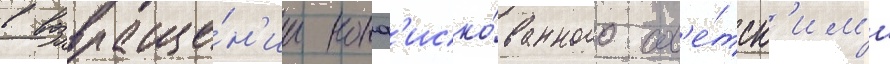
в возвраще́н'ии конф'иско́ванного сов'е́тск'им'и